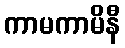
ကာမကာမိနီ